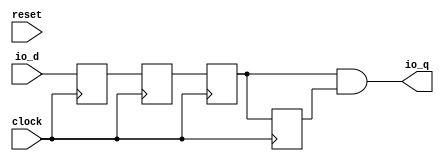
module sirv_DeglitchShiftRegister(
  input   clock,
  input   reset,
  input   io_d,
  output  io_q
);
  reg  T_8;
  reg [31:0] GEN_0;
  reg  T_9;
  reg [31:0] GEN_1;
  reg  sync;
  reg [31:0] GEN_2;
  reg  last;
  reg [31:0] GEN_3;
  wire  T_12;
  assign io_q = T_12;
  assign T_12 = sync & last;
  always @(posedge clock) begin// sync reg do not need reset, and the external reset is tied to 1, do not use it
    T_8 <= io_d;
    T_9 <= T_8;
    sync <= T_9;
    last <= sync;
  end
endmodule